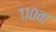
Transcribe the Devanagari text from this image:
११०वा